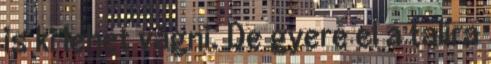
is ki lehet vágni. De gyere el a talira